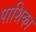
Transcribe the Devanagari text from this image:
पाशिका